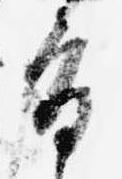
旨